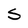
Character: S